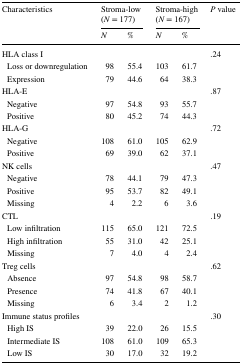
<table><thead><tr><td rowspan="2"><b>Characteristics</b></td><td colspan="2"><b>Stroma-low (<i>N</i> = 177)</b></td><td colspan="2"><b>Stroma-high (<i>N</i> = 167)</b></td><td rowspan="2"><b><i>P</i> value</b></td></tr><tr><td><b><i>N</i></b></td><td><b>%</b></td><td><b><i>N</i></b></td><td><b>%</b></td></tr></thead><tbody><tr><td>HLA class I</td><td></td><td></td><td></td><td></td><td>.24</td></tr><tr><td> Loss or downregulation</td><td>98</td><td>55.4</td><td>103</td><td>61.7</td><td></td></tr><tr><td> Expression</td><td>79</td><td>44.6</td><td>64</td><td>38.3</td><td></td></tr><tr><td>HLA-E</td><td></td><td></td><td></td><td></td><td>.87</td></tr><tr><td> Negative</td><td>97</td><td>54.8</td><td>93</td><td>55.7</td><td></td></tr><tr><td> Positive</td><td>80</td><td>45.2</td><td>74</td><td>44.3</td><td></td></tr><tr><td>HLA-G</td><td></td><td></td><td></td><td></td><td>.72</td></tr><tr><td> Negative</td><td>108</td><td>61.0</td><td>105</td><td>62.9</td><td></td></tr><tr><td> Positive</td><td>69</td><td>39.0</td><td>62</td><td>37.1</td><td></td></tr><tr><td>NK cells</td><td></td><td></td><td></td><td></td><td>.47</td></tr><tr><td> Negative</td><td>78</td><td>44.1</td><td>79</td><td>47.3</td><td></td></tr><tr><td> Positive</td><td>95</td><td>53.7</td><td>82</td><td>49.1</td><td></td></tr><tr><td> Missing</td><td>4</td><td>2.2</td><td>6</td><td>3.6</td><td></td></tr><tr><td>CTL</td><td></td><td></td><td></td><td></td><td>.19</td></tr><tr><td> Low infiltration</td><td>115</td><td>65.0</td><td>121</td><td>72.5</td><td></td></tr><tr><td> High infiltration</td><td>55</td><td>31.0</td><td>42</td><td>25.1</td><td></td></tr><tr><td> Missing</td><td>7</td><td>4.0</td><td>4</td><td>2.4</td><td></td></tr><tr><td>Treg cells</td><td></td><td></td><td></td><td></td><td>.62</td></tr><tr><td> Absence</td><td>97</td><td>54.8</td><td>98</td><td>58.7</td><td></td></tr><tr><td> Presence</td><td>74</td><td>41.8</td><td>67</td><td>40.1</td><td></td></tr><tr><td> Missing</td><td>6</td><td>3.4</td><td>2</td><td>1.2</td><td></td></tr><tr><td>Immune status profiles</td><td></td><td></td><td></td><td></td><td>.30</td></tr><tr><td> High IS</td><td>39</td><td>22.0</td><td>26</td><td>15.5</td><td></td></tr><tr><td> Intermediate IS</td><td>108</td><td>61.0</td><td>109</td><td>65.3</td><td></td></tr><tr><td> Low IS</td><td>30</td><td>17.0</td><td>32</td><td>19.2</td><td></td></tr></tbody></table>